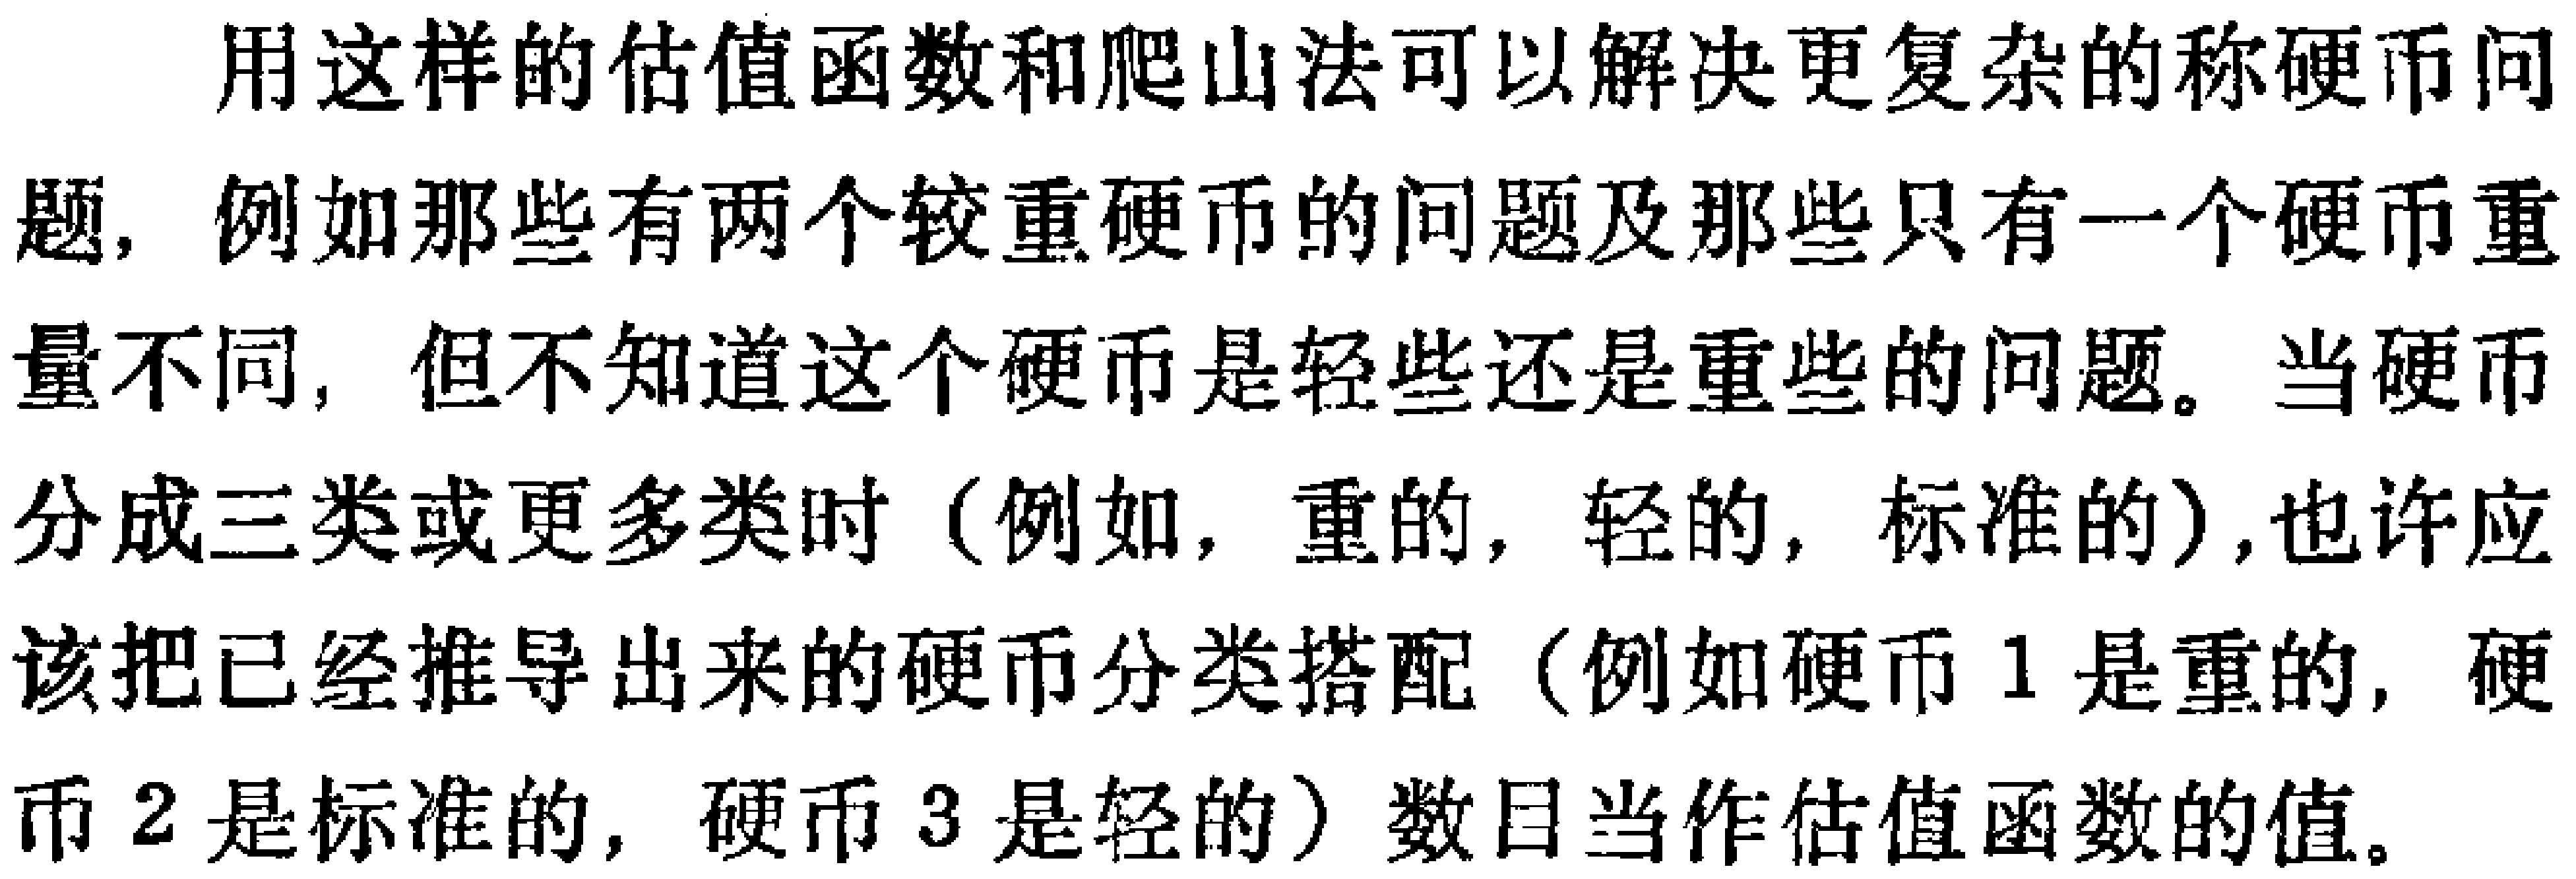
用这样的估值函数和爬山法可以解决更复杂的称硬币问题，例如那些有两个较重硬币的问题及那些只有一个硬币重量不同，但不知道这个硬币是轻些还是重些的问题。当硬币分成三类或更多类时（例如，重的，轻的，标准的）,也许应该把已经推导出来的硬币分类搭配（例如硬币 1 是重的，硬币 2 是标准的，硬币 3 是轻的）数目当作估值函数的值。